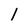
Character: 1